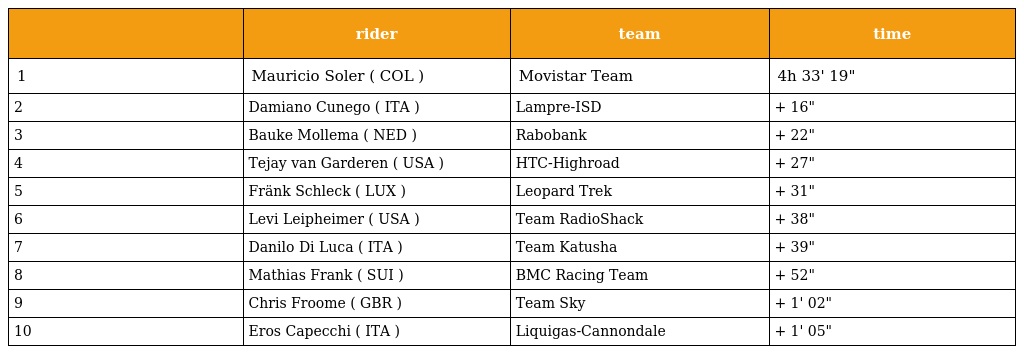
|  | rider | team | time |
 | --- | --- | --- | --- |
 | 1 | Mauricio Soler ( COL ) | Movistar Team | 4h 33' 19" |
 | 2 | Damiano Cunego ( ITA ) | Lampre-ISD | + 16" |
 | 3 | Bauke Mollema ( NED ) | Rabobank | + 22" |
 | 4 | Tejay van Garderen ( USA ) | HTC-Highroad | + 27" |
 | 5 | Fränk Schleck ( LUX ) | Leopard Trek | + 31" |
 | 6 | Levi Leipheimer ( USA ) | Team RadioShack | + 38" |
 | 7 | Danilo Di Luca ( ITA ) | Team Katusha | + 39" |
 | 8 | Mathias Frank ( SUI ) | BMC Racing Team | + 52" |
 | 9 | Chris Froome ( GBR ) | Team Sky | + 1' 02" |
 | 10 | Eros Capecchi ( ITA ) | Liquigas-Cannondale | + 1' 05" |